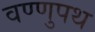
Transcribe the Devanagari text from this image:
वण्णुपथ